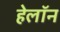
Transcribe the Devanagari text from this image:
हेलॉन